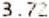
3.72